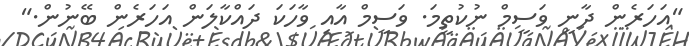
"އަހަރެން ދާނީ ވަސީމް ނުކުތީމަ. ވަސީމް އާއި ވާހަކަ ދައްކާލަން އަހަރެން ބޭނުން."